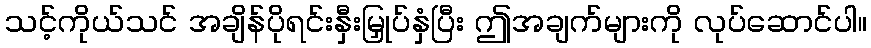
သင့်ကိုယ်သင် အချိန်ပိုရင်းနှီးမြှုပ်နှံပြီး ဤအချက်များကို လုပ်ဆောင်ပါ။